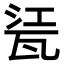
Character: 𤭊